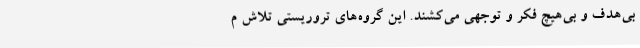
بی‌هدف و بی‌هیچ فکر و توجهی می‌کشند. این گروه‌های تروریستی تلاش م